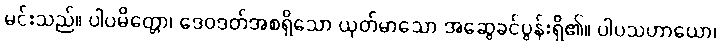
မင်းသည်။ ပါပမိတ္တော၊ ဒေဝဒတ်အစရှိသော ယုတ်မာသော အဆွေခင်ပွန်းရှိ၏။ ပါပသဟာယော၊